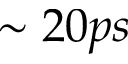
\sim 2 0 p s